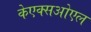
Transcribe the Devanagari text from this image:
केएक्सओएल